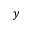
y